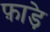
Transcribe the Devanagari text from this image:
फ़ाड़े